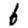
Digit: 6